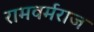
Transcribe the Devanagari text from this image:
रामवर्मराज